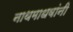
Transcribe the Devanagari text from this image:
नाथमाधवांनी